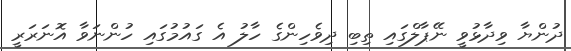
ދުންޔާ ވިދާޅުވީ ނޭޕާލްގައި ތިބި ދިވެހިންގެ ހާލު އެ ގައުމުގައި ހުންނަވާ އޮނަރަރީ